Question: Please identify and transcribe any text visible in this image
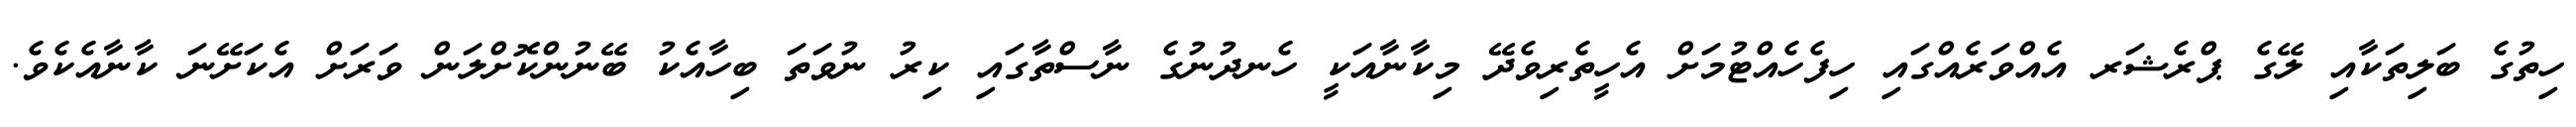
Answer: ހިތުގެ ބަލިތަކާއި ލޭގެ ޕްރެޝަރ އެއްވަރެއްގައި ހިފެހެއްޓުމަށް އެހީތެރިވެދޭ މިކާނާއަކީ ހެނދުނުގެ ނާސްތާގައި ކިރު ނުވަތަ ބިހާއެކު ބޭނުންކޮށްލަން ވަރަށް އެކަށޭނަ ކާނާއެކެވެ.